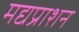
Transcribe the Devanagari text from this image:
मद्यप्राशन